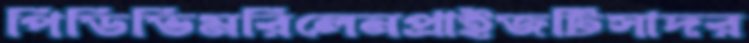
পিডিভিমরিলেনপ্রাইজটিসাদর